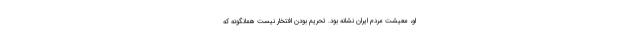
او، معیشت مردم ایران نشانه بود. تحریم بودن افتخار نیست همانگونه که